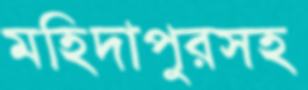
মহিদাপুরসহ